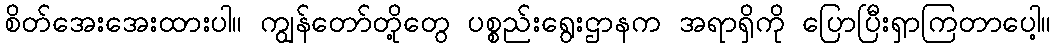
စိတ်အေးအေးထားပါ။ ကျွန်တော်တို့တွေ ပစ္စည်းရွေးဌာနက အရာရှိကို ပြောပြီးရှာကြတာပေါ့။